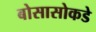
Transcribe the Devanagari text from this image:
बोसासोकडे